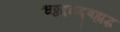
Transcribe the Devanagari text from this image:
श्वठ्ठद्दद्यद्बह्यद्ध